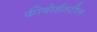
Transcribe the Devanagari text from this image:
कीबोर्डवरील